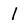
Character: 1